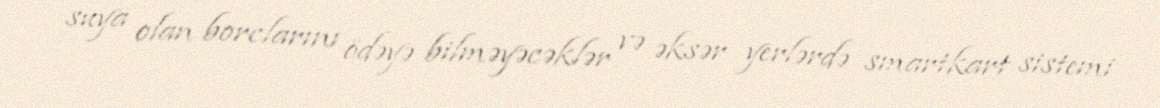
suya olan borclarını ödəyə bilməyəcəklər və əksər yerlərdə smartkart sistemi